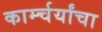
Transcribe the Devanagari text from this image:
कार्म्चर्यांचा